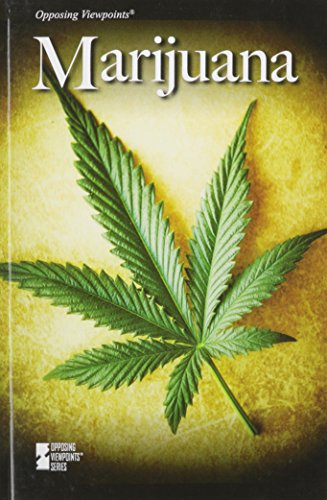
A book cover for Marijuana (Opposing Viewpoints); Noah Berlatsky; Teen & Young Adult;